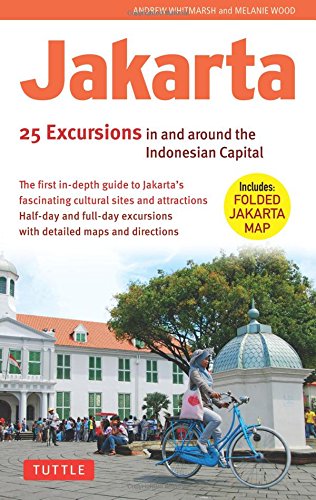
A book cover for Jakarta: 25 Excursions in and around the Indonesian Capital; Andrew Whitmarsh; Travel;